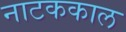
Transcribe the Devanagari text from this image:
नाटककाल